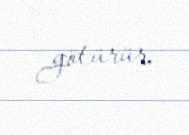
götürür.